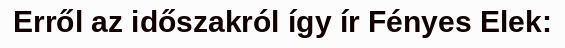
Erről az időszakról így ír Fényes Elek: